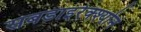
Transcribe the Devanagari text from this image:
सबडाइरेक्श्योन